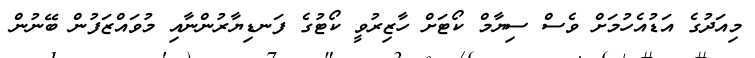
މިއަދުގެ އަޑުއެހުމަށް ވެސް ސިޔާމް ކޯޓަށް ހާޒިރުވީ ކޯޓުގެ ފަނޑިޔާރުންނާއި މުވައްޒަފުން ބޭނުން